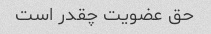
حق عضویت چقدر است